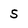
Character: S